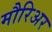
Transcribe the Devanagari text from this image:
मौरिअर